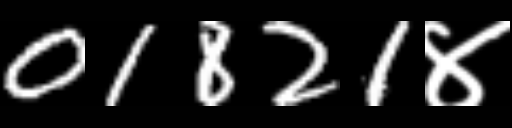
Text: 01821४